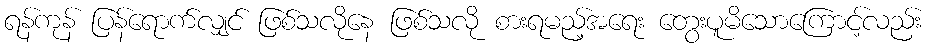
ရန်ကုန် ပြန်ရောက်လျှင် ဖြစ်သလိုနေ ဖြစ်သလို စားရမည့်အရေး တွေးပူမိသောကြောင့်လည်း